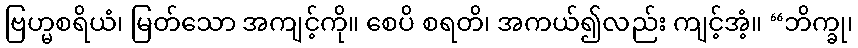
ဗြဟ္မစရိယံ၊ မြတ်သော အကျင့်ကို။ စေပိ စရတိ၊ အကယ်၍လည်း ကျင့်အံ့။ “ဘိက္ခု၊